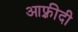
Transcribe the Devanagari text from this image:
आफ़्रीदी